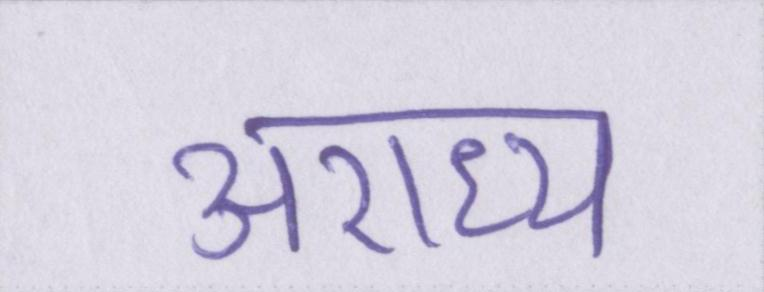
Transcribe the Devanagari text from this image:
अराध्य